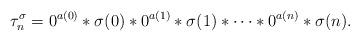
LaTeX: \begin{align*}\tau_n^{\sigma} = 0^{a(0)} \ast \sigma(0) \ast 0^{a(1)} \ast \sigma(1) \ast \cdots \ast 0^{a(n)} \ast \sigma(n).\end{align*}